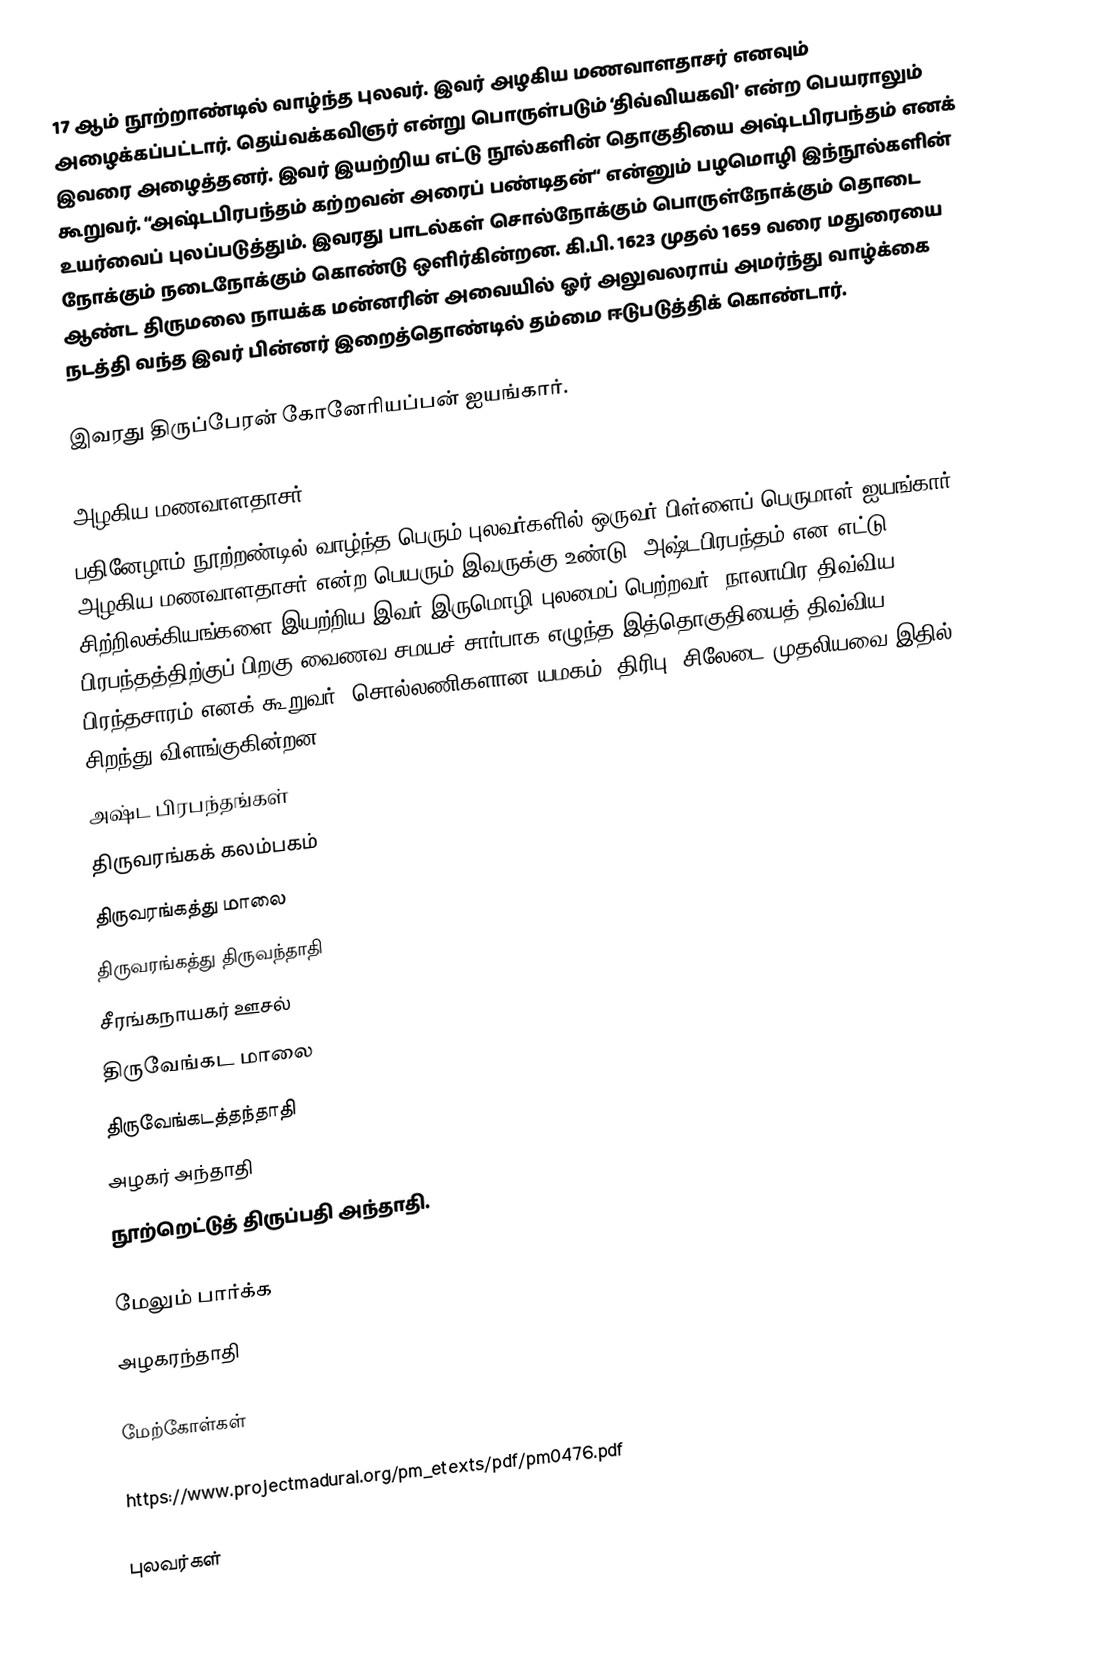
17 ஆம் நூற்றாண்டில் வாழ்ந்த புலவர். இவர் அழகிய மணவாளதாசர் எனவும் அழைக்கப்பட்டார். தெய்வக்கவிஞர் என்று பொருள்படும் ‘திவ்வியகவி’ என்ற பெயராலும் இவரை அழைத்தனர். இவர் இயற்றிய எட்டு நூல்களின் தொகுதியை அஷ்டபிரபந்தம் எனக் கூறுவர். “அஷ்டபிரபந்தம் கற்றவன் அரைப் பண்டிதன்“ என்னும் பழமொழி இந்நூல்களின் உயர்வைப் புலப்படுத்தும். இவரது பாடல்கள் சொல்நோக்கும் பொருள்நோக்கும் தொடை நோக்கும் நடைநோக்கும் கொண்டு ஒளிர்கின்றன. கி.பி. 1623 முதல் 1659 வரை மதுரையை ஆண்ட திருமலை நாயக்க மன்னரின் அவையில் ஓர் அலுவலராய் அமர்ந்து வாழ்க்கை நடத்தி வந்த இவர் பின்னர் இறைத்தொண்டில் தம்மை ஈடுபடுத்திக் கொண்டார்.

இவரது திருப்பேரன் கோனேரியப்பன் ஐயங்கார்.

அழகிய மணவாளதாசர்
பதினேழாம் நூற்றண்டில் வாழ்ந்த பெரும் புலவர்களில் ஒருவர் பிள்ளைப் பெருமாள் ஐயங்கார். அழகிய மணவாளதாசர் என்ற பெயரும் இவருக்கு உண்டு. அஷ்டபிரபந்தம் என எட்டு சிற்றிலக்கியங்களை இயற்றிய இவர் இருமொழி புலமைப் பெற்றவர். நாலாயிர திவ்விய பிரபந்தத்திற்குப் பிறகு வைணவ சமயச் சார்பாக எழுந்த இத்தொகுதியைத் திவ்விய பிரந்தசாரம் எனக் கூறுவர்.  சொல்லணிகளான யமகம், திரிபு, சிலேடை முதலியவை இதில் சிறந்து விளங்குகின்றன.
அஷ்ட பிரபந்தங்கள்
திருவரங்கக் கலம்பகம்
திருவரங்கத்து மாலை
திருவரங்கத்து திருவந்தாதி
சீரங்கநாயகர் ஊசல்
திருவேங்கட மாலை
திருவேங்கடத்தந்தாதி
அழகர் அந்தாதி
நூற்றெட்டுத் திருப்பதி அந்தாதி.

மேலும் பார்க்க
 அழகரந்தாதி

மேற்கோள்கள்

https://www.projectmadurai.org/pm_etexts/pdf/pm0476.pdf

புலவர்கள்